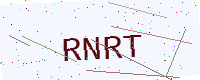
Text: RNRT